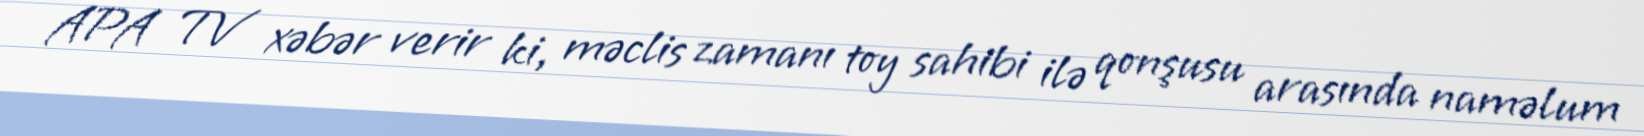
APA TV xəbər verir ki, məclis zamanı toy sahibi ilə qonşusu arasında naməlum